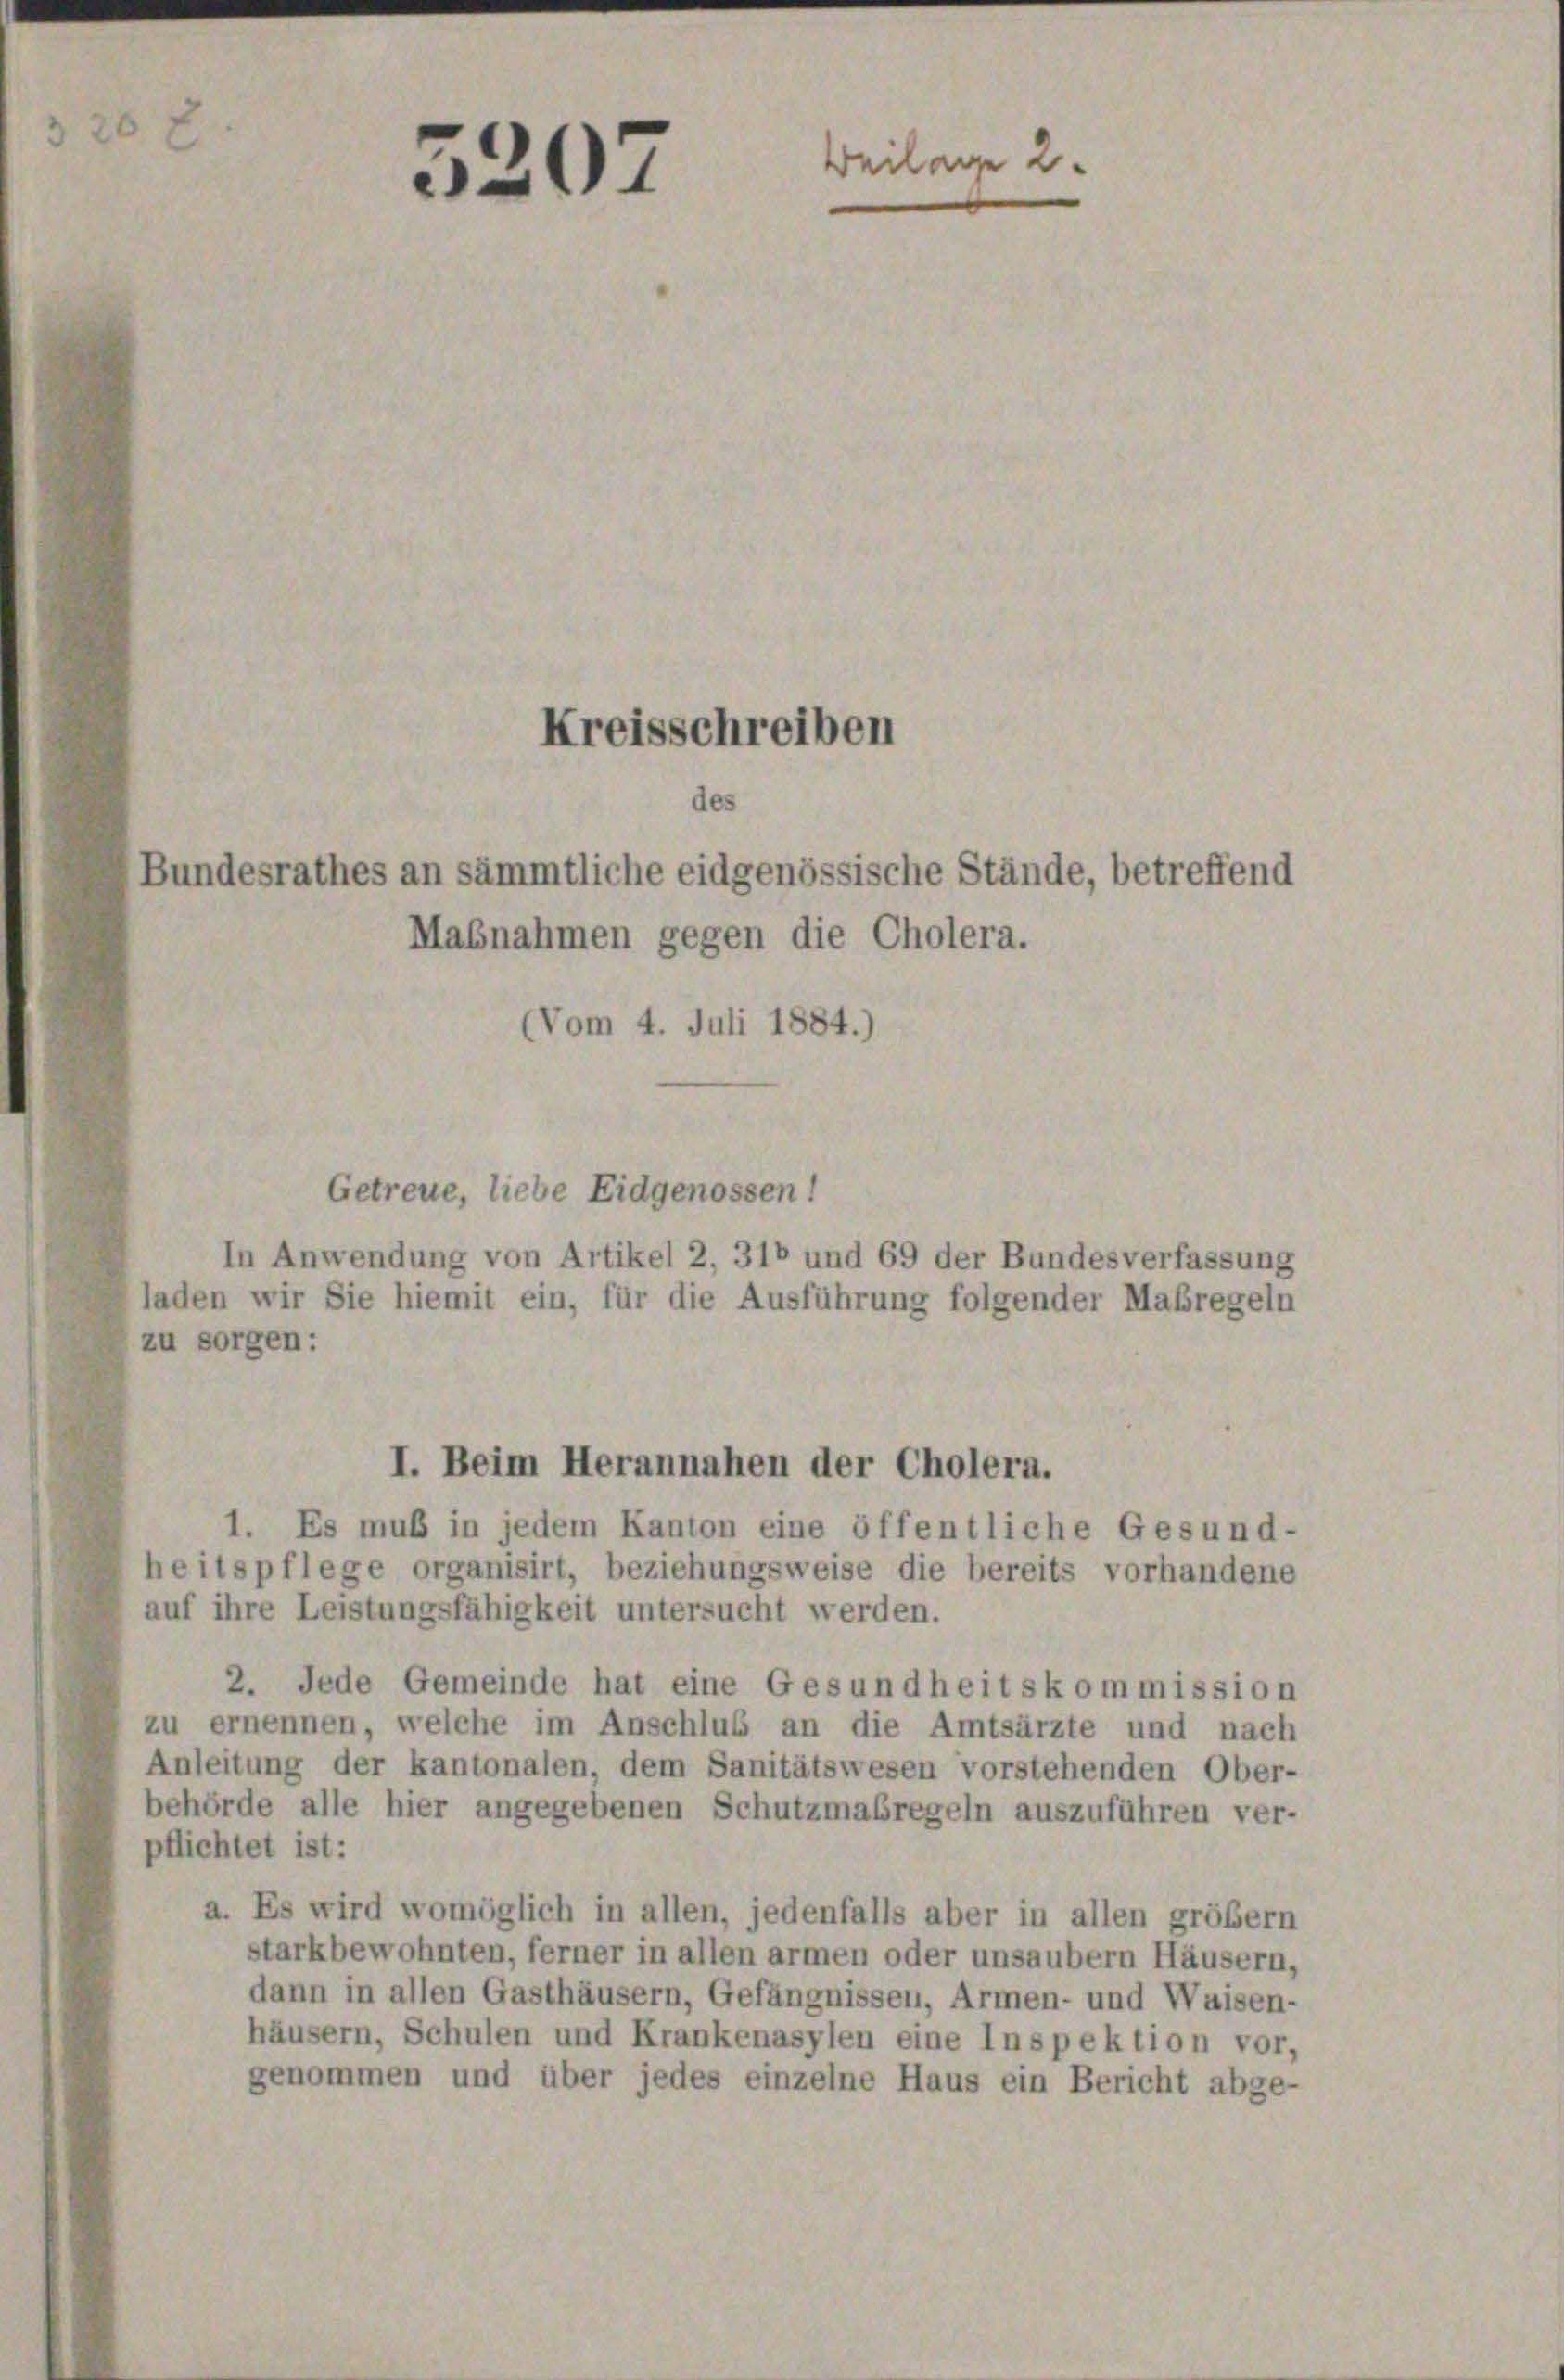
01

Kreisschreiben
des
Bundesrathes an sämmtliche eidgenössische Stände, betreffend
Mabnahmen gegen die Cholera.
(Vom 4. Juli 1884.)

Beilage 2.

Getreue, liebe Eidgenossen!
In Anwendung von Artikel 2, 310 und 69 der Bundesverfassung
laden wir Sie hiemit ein, für die Ausführung folgender Maßregeln
zu sorgen:
1. Es muß in jedem Kanton eine öffentliche Gesund-
heitspflege organisirt, beziehungsweise die bereits vorhandene
auf ihre Leistungsfähigkeit untersucht werden.
2. Jede Gemeinde hat eine Gesundheitskommission
zu ernennen, welche im Anschlus an die Amtsärzte und nach
Anleitung der kantonalen, dem Sanitätswesen vorstehenden Ober-
behörde alle hier angegebenen Schutzmaßregeln auszuführen ver-
pflichtet ist:
a. Es wird womöglich in allen, jedenfalls aber in allen größer
starkbewohnten, ferner in allen armen oder unsaubern Häusern,
dann in allen Gasthäusern, Gefängnissen, Armen- und Waisen-
häusern, Schulen und Krankenasylen eine Inspektion vor,
genommen und über jedes einzelne Haus ein Bericht abge-

I. Beim Herannahen der Cholera.